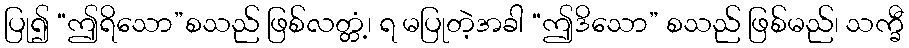
ပြု၍ “ဤရိသော”စသည် ဖြစ်လတ္တံ့၊ ရ မပြုတဲ့အခါ “ဤဒိသော” စသည် ဖြစ်မည်၊ သက္ခီ